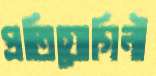
প্রতিযোগিনী